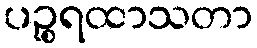
ပဉ္စရထာသတာ